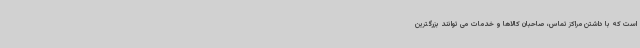
است که با داشتن مراکز تماس، صاحبان کالاها و خدمات می توانند بزرگترین